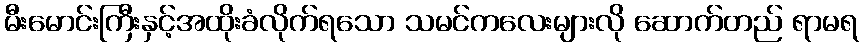
မီးမောင်းကြီးနှင့်အထိုးခံလိုက်ရသော သမင်ကလေးများလို ဆောက်တည် ရာမရ